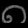
Digit: ၈